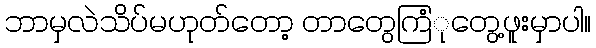
ဘာမှလဲသိပ်မဟုုတ်တော့ တာတွေကြံုုတွေ့ဖူးမှာပါ။